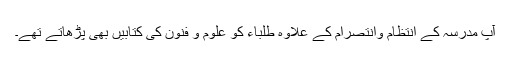
آپ مدرسہ کے انتظام وانتصرام کے علاوہ طلباء کو علوم و فنون کی کتابیں بھی پڑھاتے تھے۔